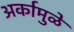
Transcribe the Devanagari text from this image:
अर्कामुळे